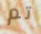
تم